Code of medical and sanitary regulations for the guidance of medical officers serving in the Madras Presidency - Volume II
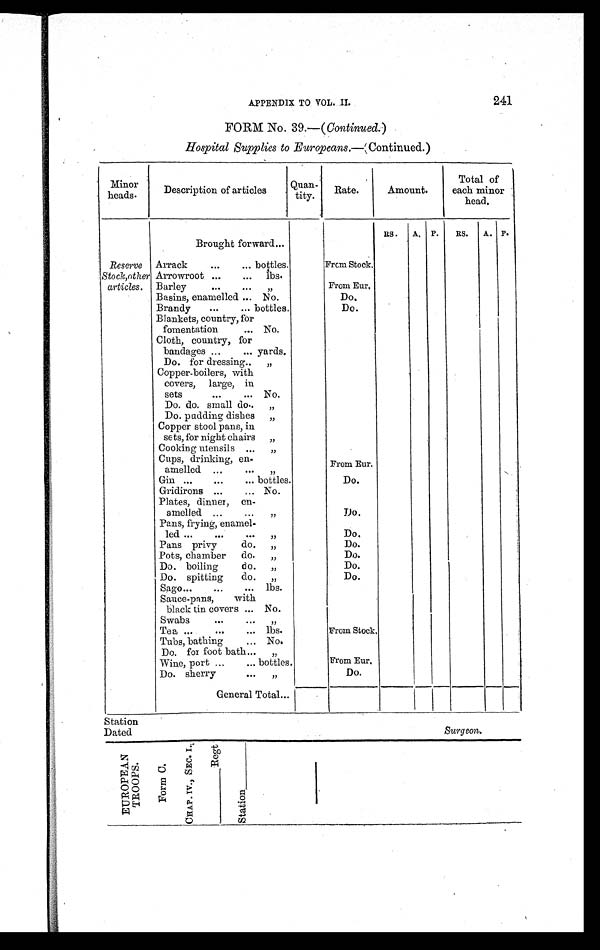
APPENDIX TO VOL. II. 241
FORM No. 39.—( Continued. )
Hospital Supplies to Europeans.—(Continued.)
Minor
heads.
Description of articles
Quan-
tity. Rate.
Amount.
Total of
each minor
head.
RS. A. P. RS. A. P.
Brought forward ...
Reserve Arrack
...
. . .
bottles.
From Stock.
Stock,other Arrowroot ...
... lbs.
articles. Barley
...
... „
From Eur.
Basins, enamelled ... No.
Do.
Brandy ...
... bottles.
Do.
Blankets, country, for
fomentation ... No.
Cloth, country, for
bandages ... ... yards.
Do. for dressing .. „
Copper-boilers, with
covers, large, in
sets
... ... No.
Do. do. small do. . „
Do. pudding dishes „
Copper stool pans, in
sets, for night chairs „
Cooking utensils ... „
Cups, drinking, en-
From Eur.
amelled ... ...
„
Gin ... ...
... bottles.
Do.
Gridirons ...
... No.
Plates, dinner, en-
amelled .... ... „
Do.
Pans, frying, enamel-
led ...
... ...
„
Do.
Pans privy
do. „
Do.
Pots, chamber do. „
Do.
Do. boiling
do. „
Do.
Do. spitting do. „
Do.
Sago ...
...
... lbs.
Sauce-pans, with
black tin covers ... No.
Swabs
...
. . . „
Tea ...
...
... lbs.
From Stock.
Tubs, bathing
... No.
Do. for foot bath ... „
Wine, port ...
... bottles.
From Eur.
Do. sherry
. . . „
Do.
General Total ...
Station
Dated
Surgeon.
E U R O P E A N T R O O P S .
F o r m C .
C H A P . I V . , S E C . I . ,
_ _ _ _ _ _ _ _ _ _ R e g t
S t a t i o n _ _ _ _ _ _ _ _ _ _